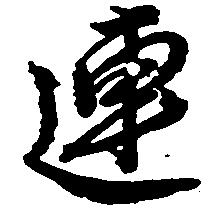
連